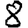
Digit: 8